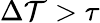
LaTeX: \Delta\mathcal{T}>\tau